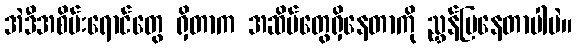
အဲဒီအစိမ်းရောင်တွေ ရှိတာက အဆိပ်တွေရှိနေတာကို ညွှန်ပြနေတာပါပဲ။